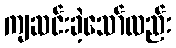
ကျဆင်းခဲ့သော်လည်း